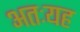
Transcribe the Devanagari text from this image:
अतःयह